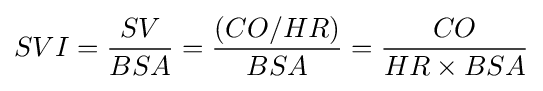
SVI={SV \over BSA}={(CO/HR) \over BSA}={CO \over {HR\times BSA}}